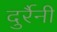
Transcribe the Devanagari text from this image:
दुर्रैनी